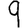
Digit: 9